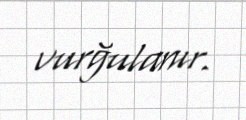
vurğulanır.